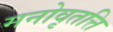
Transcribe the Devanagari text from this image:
मनोवृतत्ति